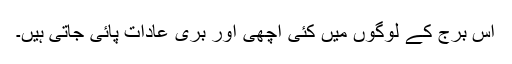
اس برج کے لوگوں میں کئی اچھی اور بری عادات پائی جاتی ہیں۔